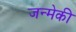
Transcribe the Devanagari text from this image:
जन्मेकी